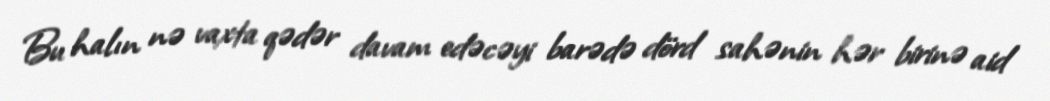
Bu halın nə vaxta qədər davam edəcəyi barədə dörd sahənin hər birinə aid